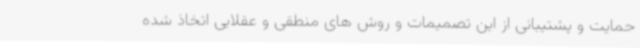
حمایت و پشتیبانی از این تصمیمات و روش های منطقی و عقلایی اتخاذ شده